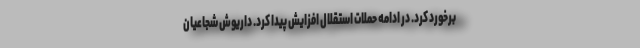
برخورد کرد. در ادامه حملات استقلال افزایش پیدا کرد. داریوش شجاعیان